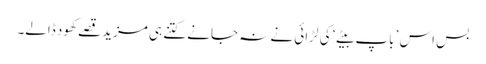
بس اس ’باپ بیٹے‘ کی لڑائی نے نہ جانے کتنے ہی مزید قصے کھود ڈالے۔